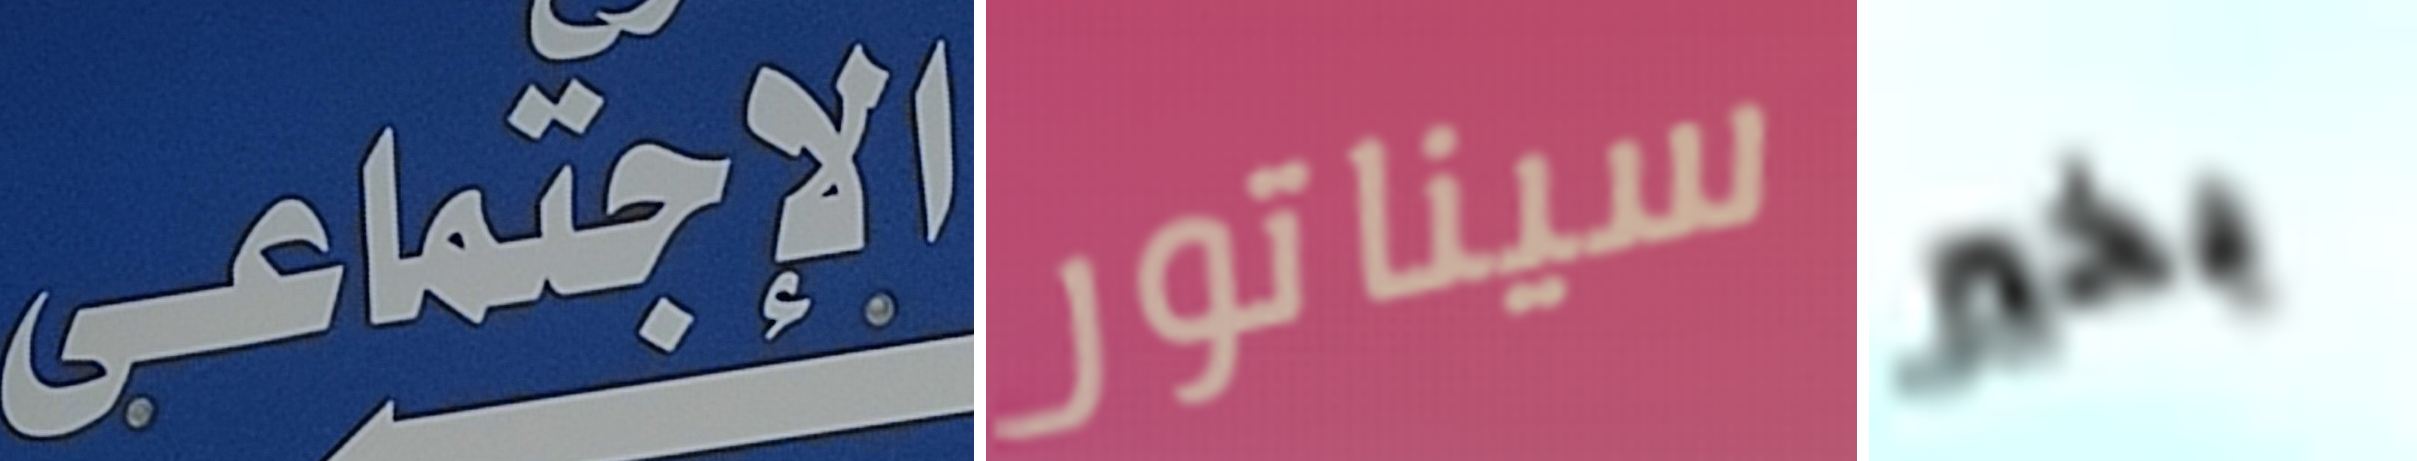
الإجتماعى سيناتور بخير